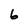
Character: 6